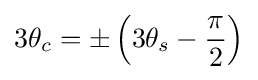
3\theta _{c}=\pm \left(3\theta _{s}-{\frac {\pi }{2}}\right)